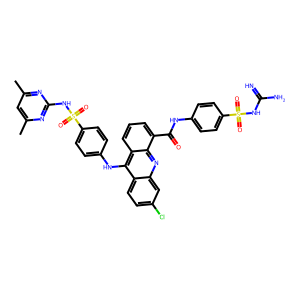
SMILES: Cc1cc(C)nc(NS(=O)(=O)c2ccc(Nc3c4ccc(Cl)cc4nc4c(C(=O)Nc5ccc(S(=O)(=O)NC(=N)N)cc5)cccc34)cc2)n1
Inhibits HIV replication: No